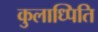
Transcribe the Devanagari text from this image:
कुलाध्पिति